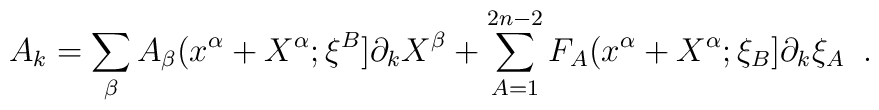
A_{k}=\sum_{\beta}A_{\beta}(x^{\alpha}+X^{\alpha};\xi^{B}]                                      \partial_{k}X^{\beta}+\sum_{A=1}^{2n-2}F_{A}(x^{\alpha}+X^{\alpha};\xi_{B}]\partial_{k}\xi_{A}\;\;.